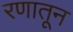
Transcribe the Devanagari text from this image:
रणातून